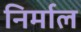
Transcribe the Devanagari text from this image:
निर्माल